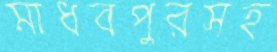
মাধবপুরসহ